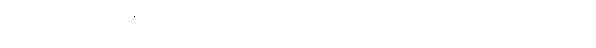
အဖွဲ့အစည်းနဲ့ မြန်မာနိုင်ငံဆိုင်ရာ ယူအက်စ် အိုင်စီတီ တို့က ပူးပေါင်း ဆောင်ရွက်တာ ဖြစ်ပါတယ်။